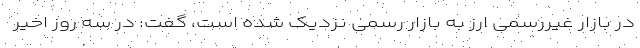
در بازار غیررسمی ارز به بازار رسمی نزدیک شده است، گفت: در سه روز اخیر